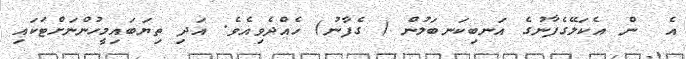
އެ  ން އެކަލޭގެފާނުގެ އަނބިކަނބަލުން ( ގެފާނު) ހެއްދެވިއެވެ. އަދި ތިޔަބައިމީހުންނަށްޓަކައި